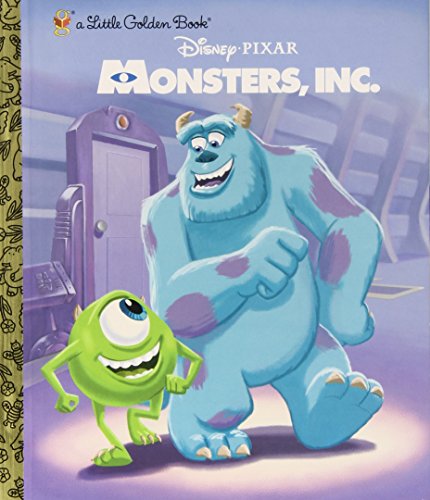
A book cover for Monsters, Inc. Little Golden Book (Disney/Pixar Monsters, Inc.); RH Disney; Children's Books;